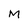
Character: M